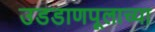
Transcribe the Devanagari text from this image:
उडडाणपूलाच्या